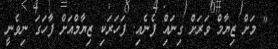
" މަށް ޒިޔާމް ވަރަށް ގިނައިް ފެނެއި. ފަހަރަކި ޒިޔާމްއަށް ފާހަގަ ނިވެނީ